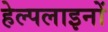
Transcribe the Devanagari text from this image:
हेल्पलाइनों